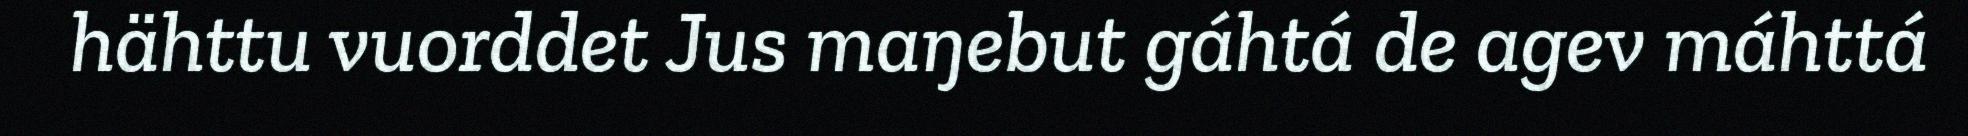
hähttu vuorddet Jus maŋebut gáhtá de agev máhttá